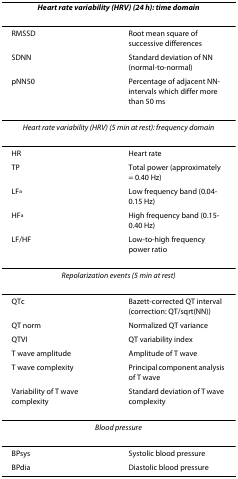
<table><thead><tr><td colspan="2"><b><i>Heart rate variability (HRV) (24 h): time domain</i></b></td></tr></thead><tbody><tr><td>RMSSD</td><td>Root mean square of successive differences</td></tr><tr><td>SDNN</td><td>Standard deviation of NN (normal-to-normal)</td></tr><tr><td>pNN50</td><td>Percentage of adjacent NN-intervals which differ more than 50 ms</td></tr><tr><td colspan="2"><i>Heart rate variability (HRV) (5 min at rest): frequency domain</i></td></tr><tr><td>HR</td><td>Heart rate</td></tr><tr><td>TP</td><td>Total power (approximately = 0.40 Hz)</td></tr><tr><td>LF<sup>a</sup></td><td>Low frequency band (0.04-0.15 Hz)</td></tr><tr><td>HF<sup>a</sup></td><td>High frequency band (0.15-0.40 Hz)</td></tr><tr><td>LF/HF</td><td>Low-to-high frequency power ratio</td></tr><tr><td colspan="2"><i>Repolarization events (5 min at rest)</i></td></tr><tr><td>QTc</td><td>Bazett-corrected QT interval (correction: QT/sqrt(NN))</td></tr><tr><td>QT norm</td><td>Normalized QT variance</td></tr><tr><td>QTVI</td><td>QT variability index</td></tr><tr><td>T wave amplitude</td><td>Amplitude of T wave</td></tr><tr><td>T wave complexity</td><td>Principal component analysis of T wave</td></tr><tr><td>Variability of T wave complexity</td><td>Standard deviation of T wave complexity</td></tr><tr><td colspan="2"><i>Blood pressure</i></td></tr><tr><td>BPsys</td><td>Systolic blood pressure</td></tr><tr><td>BPdia</td><td>Diastolic blood pressure</td></tr></tbody></table>